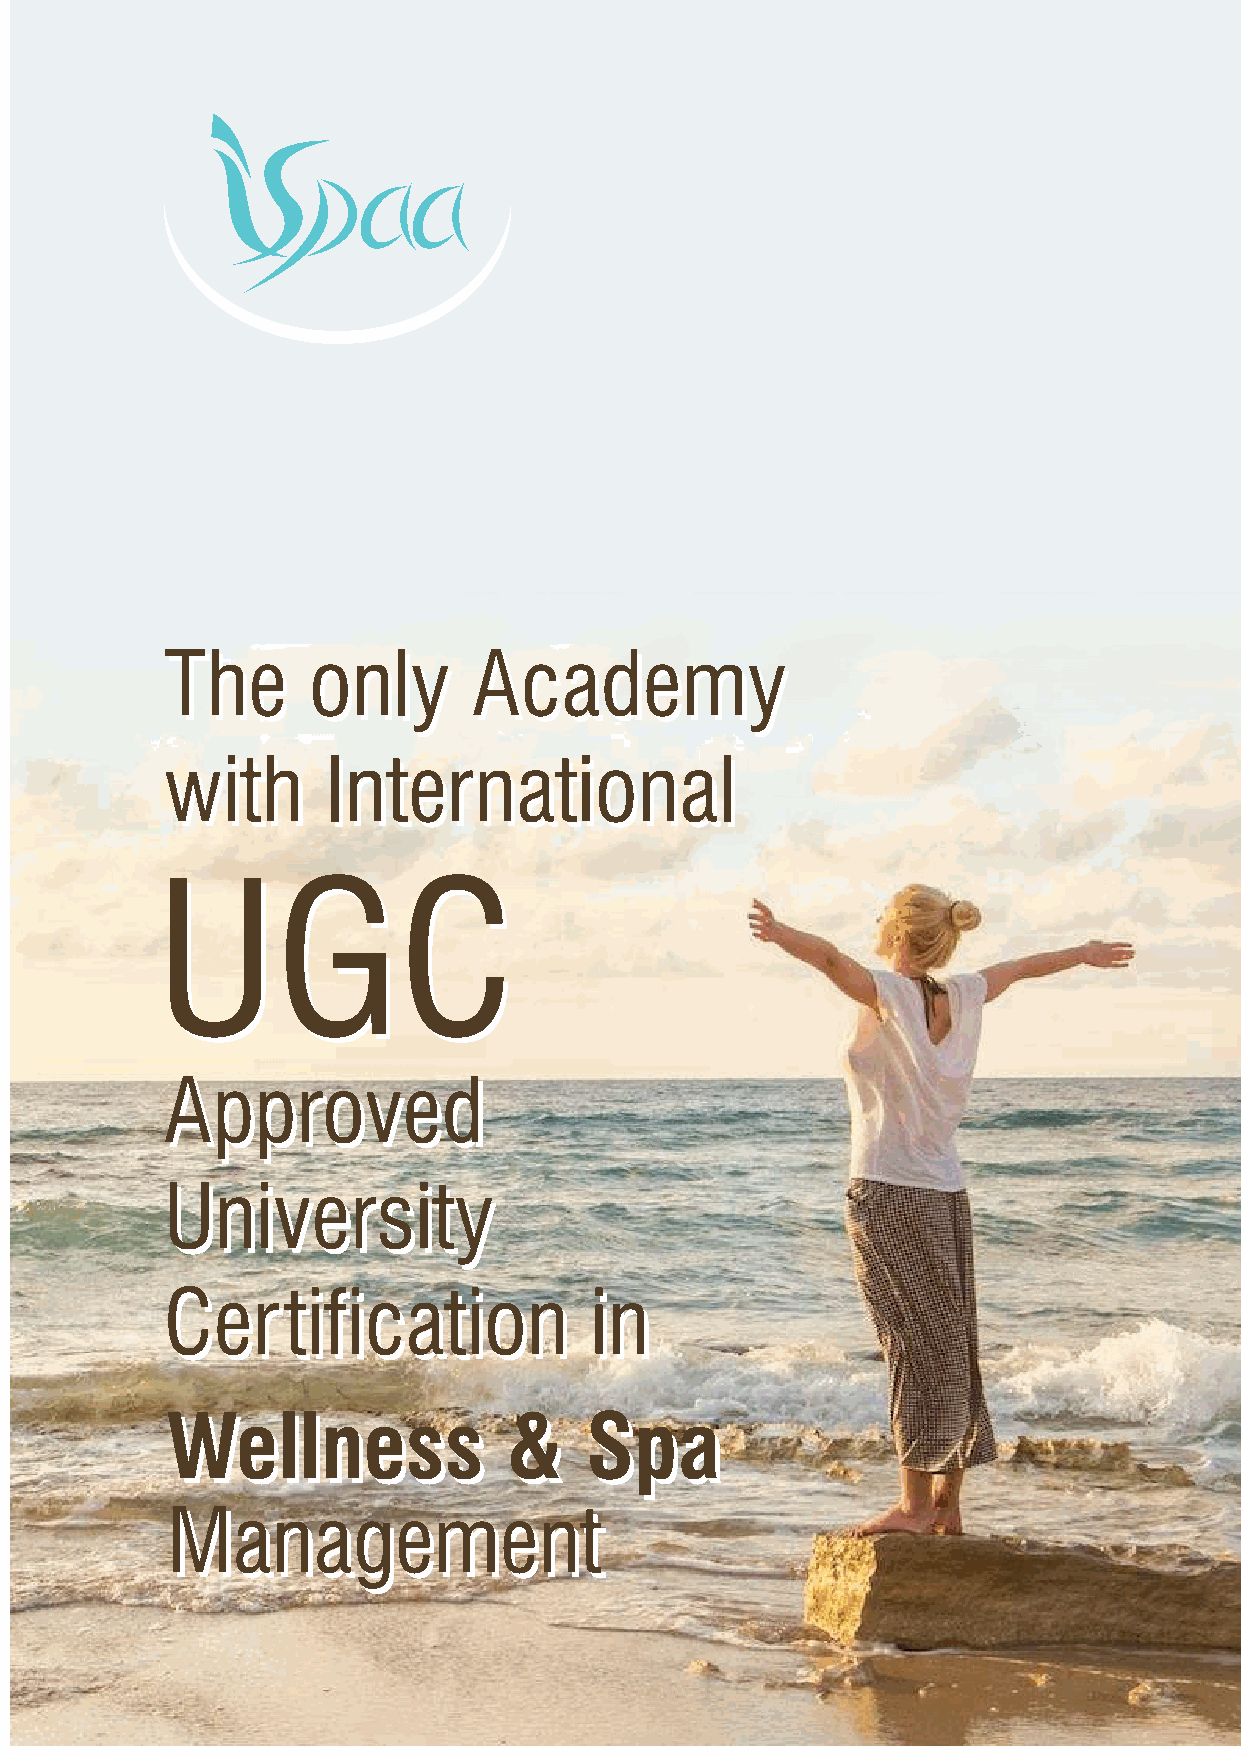
TThhee   oonnllyy   AAccaaddeemmyy
 wwiitthh   IInntteerrnnaattiioonnaall
 UUGGCC
 AApppprroovveedd
 UUnniivveerrssiittyy
 CCeerrttiiffiiccaattiioonn  iinn
 WWeellllnneessss      &&    SSppaa
 MMaannaaggeemmeenntt